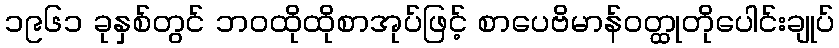
၁၉၆၁ ခုနှစ်တွင် ဘဝထိုထိုစာအုပ်ဖြင့် စာပေဗိမာန်ဝတ္ထုတိုပေါင်းချုပ်